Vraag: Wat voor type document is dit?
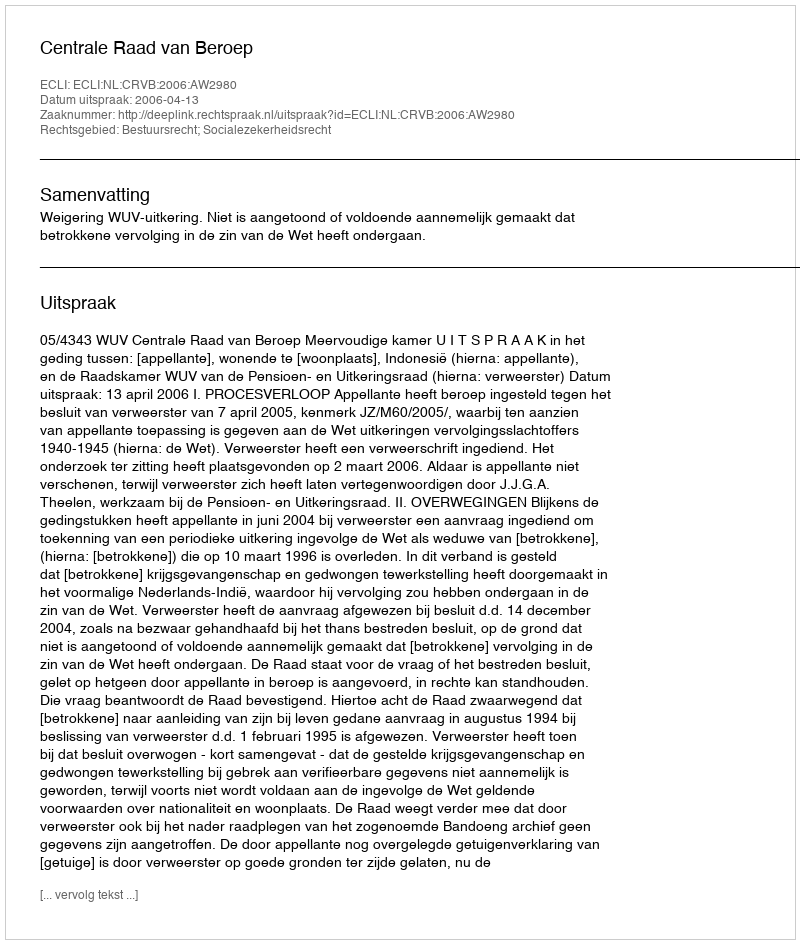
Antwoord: Uitspraak